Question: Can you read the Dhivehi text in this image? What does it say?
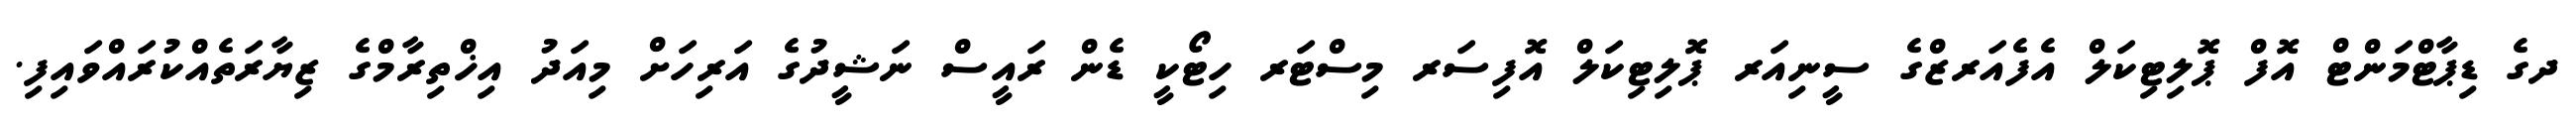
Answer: ދގެ ޑިޕާޓްމަންޓް އޮފް ޕޮލިޓިކަލް އެފެއަރޒްގެ ސީނިއަރ ޕޮލިޓިކަލް އޮފިސަރ މިސްޓަރ ހިޓޯކީ ޑެން ރައީސް ނަޝީދުގެ އަރިހަށް މިއަދު އިޚްތިރާމްގެ ޒިޔާރަތެއްކުރައްވައިފި.